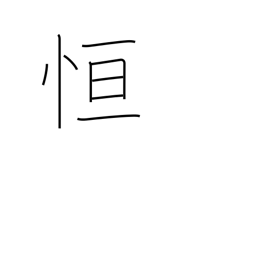
Meaning: always